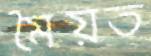
মৈয়ত